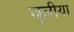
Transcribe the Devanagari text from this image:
जूलीया